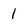
Character: 1